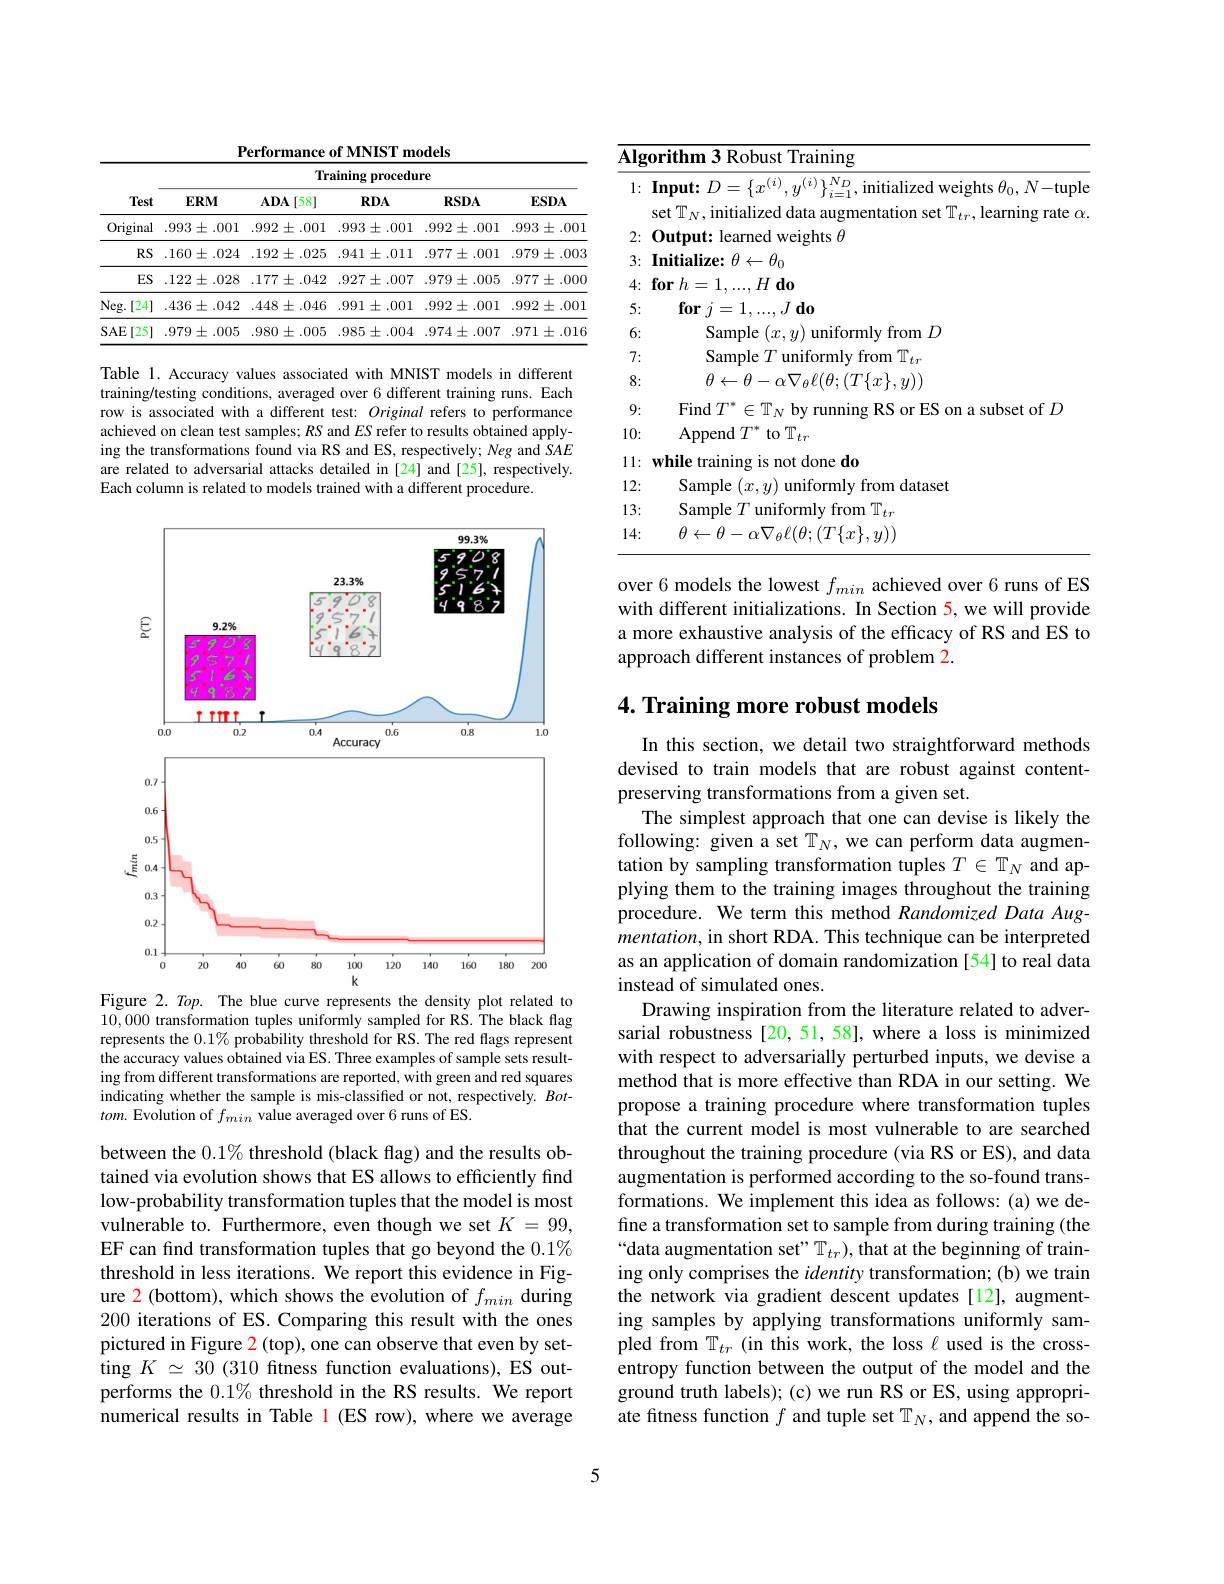
Performance of MNIST models

<table>
	<tbody>
		<tr>
			<th rowspan="2">Test</th>
			<th colspan="5">Training procedure</th>
		</tr>
		<tr>
			<th>$ERM$</th>
			<th>$\mathbf{ADA}[58]$</th>
			<th>$RDA$</th>
			<th>$RSDA$</th>
			<th>$ESDA$</th>
		</tr>
		<tr>
			<td>Original</td>
			<td>$.993\pm.001$</td>
			<td>$.992\pm.001$</td>
			<td>$.993\pm.001$</td>
			<td>$.992\pm.001$</td>
			<td>$.993\pm.001$</td>
		</tr>
		<tr>
			<td>RS</td>
			<td>$.160\pm.024$</td>
			<td>$.192\pm.025$</td>
			<td>$.941\pm.011$</td>
			<td>$.977\pm.001$</td>
			<td>$.979\pm.003$</td>
		</tr>
		<tr>
			<td>ES</td>
			<td>$.122\pm.028$</td>
			<td>$.177\pm.042$</td>
			<td>$.927\pm.007$</td>
			<td>$.979\pm.005$</td>
			<td>$.977\pm.000$</td>
		</tr>
		<tr>
			<td>Neg. [ 24] </td>
			<td>$.436\pm.042$</td>
			<td>$.448\pm.046$</td>
			<td>.991 $\pm.001$</td>
			<td>$.992\pm.001$</td>
			<td>$.992\pm.001$</td>
		</tr>
		<tr>
			<td>SAE[25]</td>
			<td>$.979\pm.005$</td>
			<td>$.980\pm.005$</td>
			<td>$.985\pm.004$</td>
			<td>$.974\pm.007$</td>
			<td>$.971\pm.016$</td>
		</tr>
	</tbody>
</table>

Table 1. Accuracy values associated with MNIST models in different training/testing conditions, averaged over 6 different training runs. Each row is associated with a different test: Original refers to performance achieved on clean test samples; RS and $ES$ refer to results obtained applying the transformations found via RS and ES, respectively; Neg and SAE are related to adversarial attacks detailed in [24] and [25], respectively. Each column is related to models trained with a different procedure.

<FigureHere>
Figure 2. Top. The blue curve represents the density plot related to

10,0000 transformation tuples uniformly sampled for RS. The black flag represents the $0.1\%$ probability threshold for RS. The red flags represent the accuracy values obtained via ES. Three examples of sample sets resulting from different transformations are reported, with green and red squares indicating whether the sample is mis-classified or not, respectively. $Bot-$ $tom.$ Evolution of $f_{min}$ value averaged over 6 runs of ES.

between the $0.1\%$ threshold (black flag) and the results obtained via evolution shows that ES allows to efficiently find low-probability transformation tuples that the model is most vulnerable to. Furthermore, even though we set $K=99$, EF can find transformation tuples that go beyond the 0.1% threshold in less iterations. We report this evidence in Figure 2 (bottom), which shows the evolution of $f_{min}$ during 200 iterations of ES. Comparing this result with the ones pictured in Figure $\color{red}2$(top), one can observe that even by setting $K\simeq30$ (310 fitness function evaluations), ES outperforms the $0.1\%$ threshold in the RS results. We report numerical results in Table 1 (ES row), where we average

5

<table>
	<tbody>
		<tr>
			<td>$\overline{\mathbf{Alg}}$ T $-\frac{1}{2}$ 1 1</td>
			<td>$\overline{\Gamma\text{raining}}$</td>
		</tr>
		<tr>
			<td>1:</td>
			<td>Input: $D=\{x^{(i)},y^{(i)}\}_{i=1}^{N_{D}}$, initialized weights $\theta_0,N-$tupl set $\mathbb{T}_N$, initialized data augmentation set $\mathbb{T}_tr$,learning rate o</td>
		</tr>
		<tr>
			<td>2: 1</td>
			<td>weights $\theta$ $\mathbf{Output}$</td>
		</tr>
		<tr>
			<td>3:</td>
			<td>$:\theta\leftarrow\theta_0$ Initialize:</td>
		</tr>
		<tr>
			<td>4:</td>
			<td>$\textbf{for}h= 1$ $H$do</td>
		</tr>
		<tr>
			<td>5:</td>
			<td>$\mathbf{for}$ $j= 1$, $, J\textbf{do}$</td>
		</tr>
		<tr>
			<td>6:</td>
			<td>Sample $\operatorname{from}D$</td>
		</tr>
		<tr>
			<td>7.</td>
			<td>1 $\mathbb{T} _{t\tau }$ Sample from</td>
		</tr>
		<tr>
			<td>8:</td>
			<td>$;(T\{x\},y))$ $H\leftarrow H$ $\Delta F(H$</td>
		</tr>
		<tr>
			<td>9:</td>
			<td>Find$T$ suhsef $\mathrm{r}_{\mathrm{of}}D$</td>
		</tr>
		<tr>
			<td>10:</td>
			<td>Append $T^*$ to $\mathbb{T}_tr$</td>
		</tr>
		<tr>
			<td>11: 1 · </td>
			<td>done do while trainin</td>
		</tr>
		<tr>
			<td>12: </td>
			<td>Sample from dataset</td>
		</tr>
		<tr>
			<td>13:</td>
			<td>Sample from $\mathbb{T}_tr$ $\lim_{\mathrm{form}}|$</td>
		</tr>
		<tr>
			<td>14: 1</td>
			<td>$\theta\leftarrow\theta$ $;(T\{x\},y))$ $\circ F(H.$</td>
		</tr>
	</tbody>
</table>

over 6 models the lowest $f_{min}$ achieved over 6 runs of ES with different initializations. In Section 5, we will provide a more exhaustive analysis of the efficacy of RS and ES to approach different instances of problem 2.

## 4. Training more robust models

In this section, we detail two straightforward methods devised to train models that are robust against contentpreserving transformations from a given set.
The simplest approach that one can devise is likely the following: given a set $\mathbb{T}_N$, we can perform data augmentation by sampling transformation tuples $T\in\mathbb{T}_N$ and applying them to the training images throughout the training procedure. We term this method Randomized Data Augmentation, in short RDA. This technique can be interpreted as an application of domain randomization [54] to real data instead of simulated ones.
Drawing inspiration from the literature related to adversarial robustness [20,51,58], where a loss is minimized with respect to adversarially perturbed inputs, we devise a method that is more effective than RDA in our setting. We propose a training procedure where transformation tuples that the current model is most vulnerable to are searched throughout the training procedure (via RS or ES), and data augmentation is performed according to the so-found transformations. We implement this idea as follows: (a) we define a transformation set to sample from during training (the “data augmentation set" $\mathbb{T}_{tr}),\hat{\text{that at the beginning of train-}}$ ing only comprises the identity transformation; (b) we train the network via gradient descent updates [12], augmenting samples by applying transformations uniformly sampled from $\mathbb{T}_tr$ (in this work, the loss $\ell$ used is the crossentropy function between the output of the model and the ground truth labels); (c) we run RS or ES, using appropriate fitness function $f$ and tuple set $\mathbb{T}_N$, and append the so-